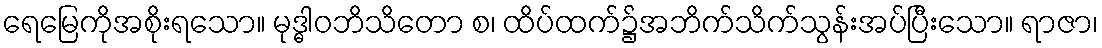
ရေမြေကိုအစိုးရသော။ မုဒ္ဓါဝဘိသိတော စ၊ ထိပ်ထက်၌အဘိက်သိက်သွန်းအပ်ပြီးသော။ ရာဇာ၊